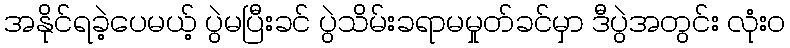
အနိုင်ရခဲ့ပေမယ့် ပွဲမပြီးခင် ပွဲသိမ်းခရာမမှုတ်ခင်မှာ ဒီပွဲအတွင်း လုံးဝ